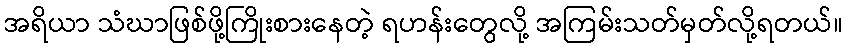
အရိယာ သံဃာဖြစ်ဖို့ကြိုးစားနေတဲ့ ရဟန်းတွေလို့ အကြမ်းသတ်မှတ်လို့ရတယ်။